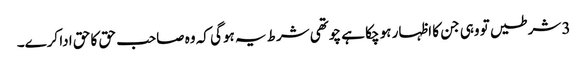
3 شرطیں تو وہی جن کا اظہار ہو چکا ہے چوتھی شرط یہ ہوگی کہ وہ صاحب حق کا حق ادا کرے۔